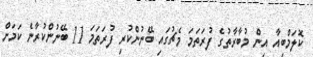
ކޮލަމްބިއާ އިން މުބާރާތުގެ ފުރަތަމަ މެޗުގައި ބޭނުންކުރި ފުރަތަމަ 11 ބޭނުންކުރާނެ ކަމަށް